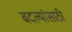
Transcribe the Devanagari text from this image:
बदल्यांसाठी